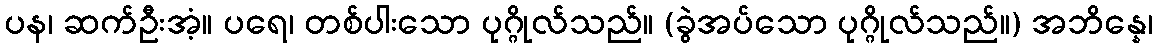
ပန၊ ဆက်ဦးအံ့။ ပရေ၊ တစ်ပါးသော ပုဂ္ဂိုလ်သည်။ (ခွဲအပ်သော ပုဂ္ဂိုလ်သည်။) အဘိန္နေ၊